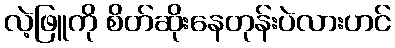
လဲ့ဖြူကို စိတ်ဆိုးနေတုန်းပဲလားဟင်